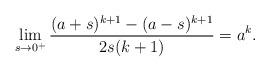
LaTeX: \begin{align*} \lim_{s\to 0^+} \frac{(a+s)^{k+1}-(a-s)^{k+1}}{2s (k+1)} = a^k.\end{align*}